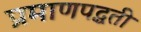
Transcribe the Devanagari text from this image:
प्रमाणपद्धती